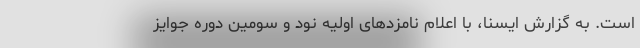
است. به گزارش ایسنا، با اعلام نامزدهای اولیه نود و سومین دوره جوایز